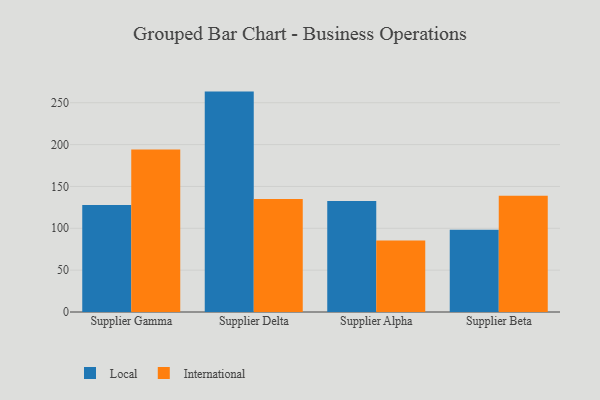
{"axis": {"x": "Supplier", "y": "Gross Profit (USD K)"}, "legend": ["International", "Local"], "data": [{"x": "Supplier Gamma", "y": 127.7, "type": "Local"}, {"x": "Supplier Gamma", "y": 194.1, "type": "International"}, {"x": "Supplier Delta", "y": 263.3, "type": "Local"}, {"x": "Supplier Delta", "y": 135.0, "type": "International"}, {"x": "Supplier Alpha", "y": 132.6, "type": "Local"}, {"x": "Supplier Alpha", "y": 85.5, "type": "International"}, {"x": "Supplier Beta", "y": 98.2, "type": "Local"}, {"x": "Supplier Beta", "y": 138.9, "type": "International"}]}